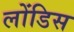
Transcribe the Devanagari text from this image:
लोंडिस